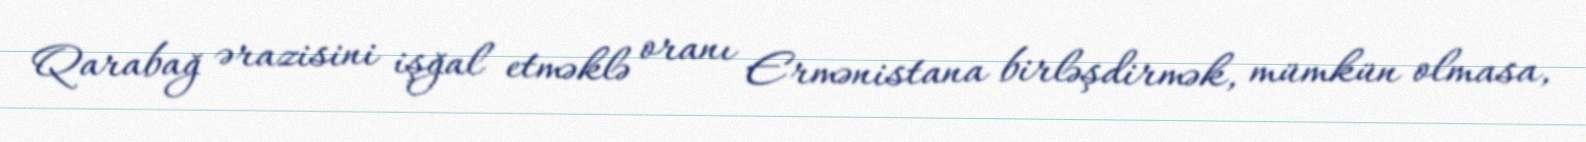
Qarabağ ərazisini işğal etməklə oranı Ermənistana birləşdirmək, mümkün olmasa,